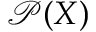
{ \mathcal { P } } ( X )